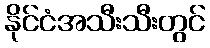
နိုင်ငံအသီးသီးတွင်